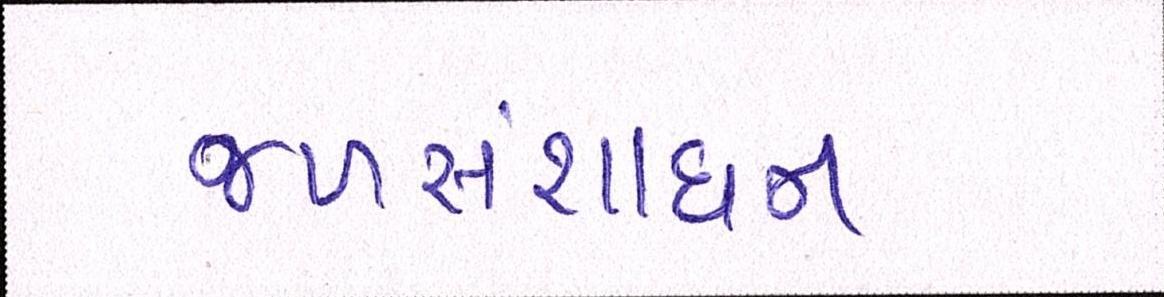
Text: જળસંશાધન